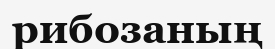
рибозаның